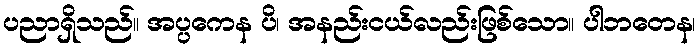
ပညာရှိသည်။ အပ္ပကေန ပိ၊ အနည်းငယ်လည်းဖြစ်သော။ ပါဘတေန၊